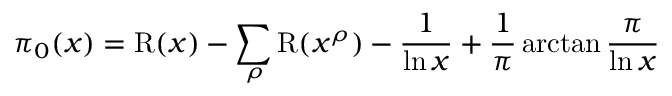
\pi _ { 0 } ( x ) = \operatorname { R } ( x ) - \sum _ { \rho } \operatorname { R } ( x ^ { \rho } ) - { \frac { 1 } { \ln x } } + { \frac { 1 } { \pi } } \arctan { \frac { \pi } { \ln x } }